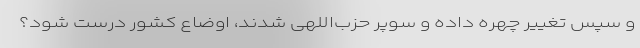
و سپس تغییر چهره داده و سوپر حزب‌اللهی شدند، اوضاع کشور درست شود؟